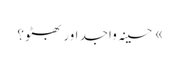
» حسینہ واجد اور بھٹو؟